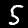
Digit: 5